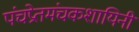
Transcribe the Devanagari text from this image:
पंचप्रेतमंचकशायिनी